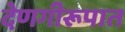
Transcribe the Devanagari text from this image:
देणगीरूपात